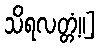
သိရလတ္တံ့။]